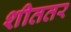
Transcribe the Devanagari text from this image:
शीततर